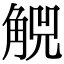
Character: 𧣶